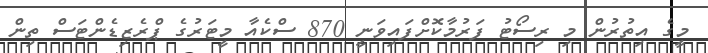
މީގެ އިތުރުން މި ރިސޯޓު ފަރުމާކޮށްފައިވަނީ 870 ސްކެއާ މީޓަރުގެ ޕްރެޒިޑެންޓަސް ތިން